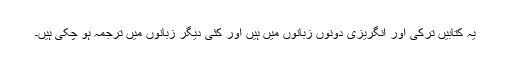
یہ کتابیں ترکی اور انگریزی دونوں زبانوں میں ہیں اور کئی دیگر زبانوں میں ترجمہ ہو چکی ہیں۔